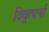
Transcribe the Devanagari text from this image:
विद्युत्पर्णा